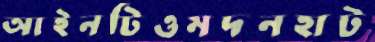
আইনটিওমদনহাট